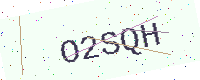
Text: O2SQH